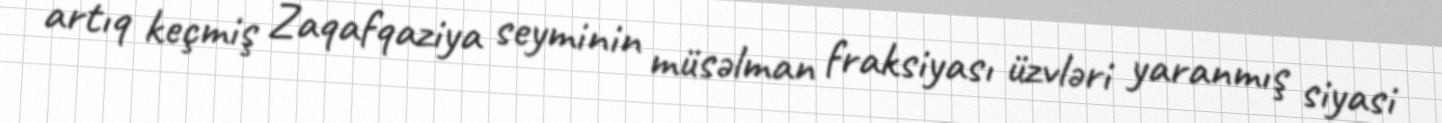
artıq keçmiş Zaqafqaziya seyminin müsəlman fraksiyası üzvləri yaranmış siyasi